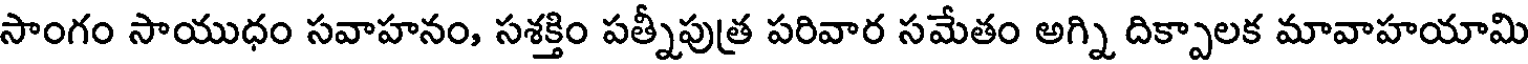
సాంగం సాయుధం సవాహనం, సశక్తిం పత్నీపుత్ర పరివార సమేతం అగ్ని దిక్పాలక మావాహయామి